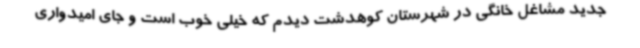
جدید مشاغل خانگی در شهرستان کوهدشت دیدم که خیلی خوب است و جای امیدواری